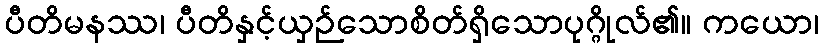
ပီတိမနဿ၊ ပီတိနှင့်ယှဉ်သောစိတ်ရှိသောပုဂ္ဂိုလ်၏။ ကယော၊